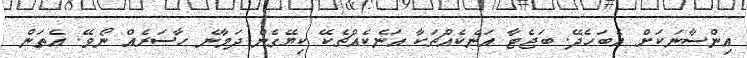
އިންސާނަކަށް އެބަހެދޭ. ބަޖެޓާ އަނެކެއްޗަކާ އަނެކެއްޗެކޭ ކިޔޭގެން ދަމާނެ ހާސަރެއް ނޯވޭ. އެތަން